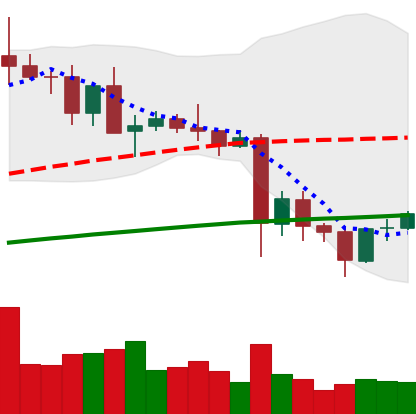
Ticker: TRX-USD
Chart end date: 2021-05-26
Forward return: -7.594%
Label: down_7plus